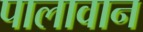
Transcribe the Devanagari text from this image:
पालावान